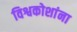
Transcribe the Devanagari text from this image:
विश्वकोशांना